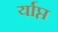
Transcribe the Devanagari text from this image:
र्याप्त